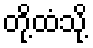
တို့ထံသို့